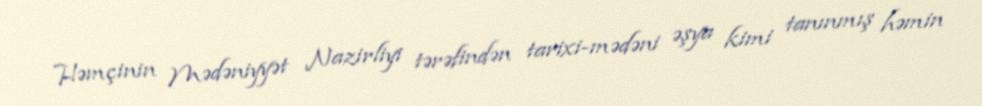
Həmçinin Mədəniyyət Nazirliyi tərəfindən tarixi-mədəni əşya kimi tanınmış həmin